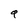
Character: 9